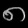
Digit: ၈